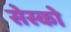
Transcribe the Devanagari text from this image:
सेस्को